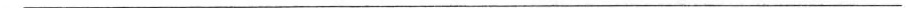
___